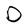
Character: D